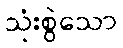
သုံးစွဲသော